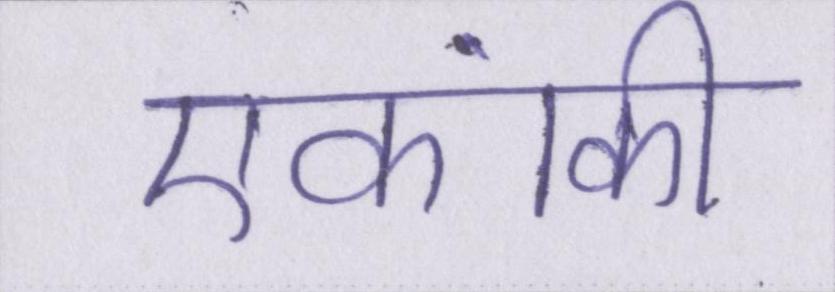
एकांकी